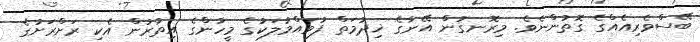
ބޭސްވެރިއެއްގެ ގޮތުންނެވެ. މިރޮނގުން އޭނާގެ ޚިދުމަތް ފުވައްމުލަކުގެ މީހުންގެ އިތުރުން އެކި ރަށްރަށުގެ